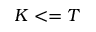
K < = T